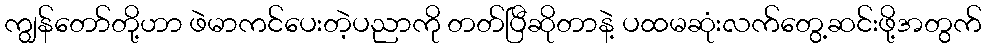
ကျွန်တော်တို့ဟာ ဖဲမာကင်ပေးတဲ့ပညာကို တတ်ပြီဆိုတာနဲ့ ပထမဆုံးလက်တွေ့ဆင်းဖို့အတွက်